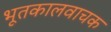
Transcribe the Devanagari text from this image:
भूतकालवाचक